Report on the cholera epidemic of
Year: 1868
Disease focus: Cholera
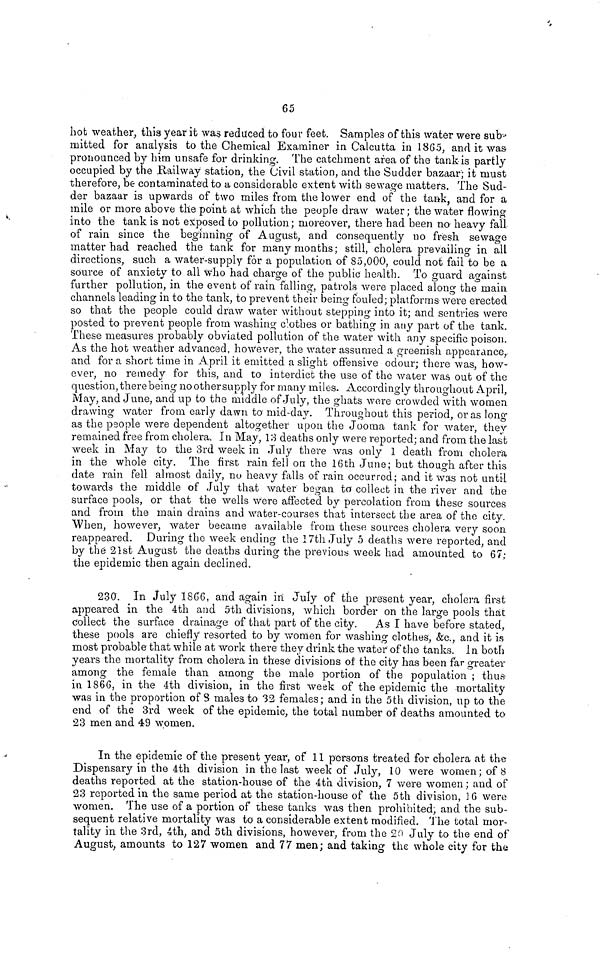
65
hot weather, this year it was reduced to four feet. Samples of this water were sub-
rnitted for analysis to the Chemical Examiner in Calcutta in 1865, and it was-
pronounced by him unsafe for drinking. The catchment area of the tank is partly
occupied by the Railway station, the Civil station, and the Sudder bazaar; it must
therefore, be contaminated to a considerable extent with sewage matters. The Sud-
der bazaar is upwards of two miles from the lower end of the tank, and for a
mile or more above the point at which the people draw water; the water flowing
into the tank is not exposed to pollution ; moreover, there had been no heavy fall
of rain since the beginning of August, and consequently no fresh sewage
matter had reached the tank for many months; still, cholera prevailing in all
directions, such a water-supply for a population of 85,000, could not fail to be a
source of anxiety to all who had charge of the public health. To guard against
further pollution, in the event of rain falling, patrols were placed along the main
channels leading in to the tank, to prevent their being fouled; platforms were erected
so that the people could draw water without stepping into it; and sentries were
posted to prevent people from washing clothes or bathing in any part of the tank.
These measures probably obviated pollution of the water with any specific poison.
As the hot weather advanced, however, the water assumed a greenish appearance,
and for a short time in April it emitted a slight offensive odour; there was, how-
ever, no remedy for this, and to interdict the use of the water was out of the
question, there being no other supply for many miles. Accordingly throughout April,
May, and June, and up to the middle of July, the ghats were crowded with women
drawing water from early dawn to mid-day. Throughout this period, or as long
as the people were dependent altogether upon the Jooma tank for water, they
remained free from cholera. In May, 13 deaths only were reported; and from the last
week in May to the 3rd week in July there was only 1 death from cholera
in the whole city. The first rain fell on the 16th June; but though after this
date rain, fell almost daily, no heavy falls of rain occurred; and it was not until
towards the middle of July that water began to collect in the river and the
surface pools, or that the wells were affected by percolation from these sources
and from the main drains and water-courses that intersect the area of the city.
When, however, water became available from these sources cholera very soon
reappeared. During the week ending the 17th July 5 deaths were reported, and
by thé 21st August the deaths during the previous week had amounted to 67;
the epidemic then again declined.
230. In July 1866, and again in July of the present year, cholera first
appeared in the 4th and 5th divisions, which border on the large pools that
collect the surface drainage of that part of the city. As I have before stated,
these pools are chiefly resorted to by women for washing clothes, &c., and it is
most probable that while at work there they drink the water of the tanks, in both
years the mortality from cholera in these divisions oí the city has been far greater
among the female than among the male portion of the population ; thus
in 1866, in the 4th division, in the first week of the epidemic the mortality
was in the proportion of 3 males to 32 females ; and in the 5th division, up to the
end of the 3rd week of the epidemic, the total number of deaths amounted to
23 men and 49 women.
In the epidemic of the present year, of 11 persons treated for cholera at the
Dispensary in the 4th division in the last week of July, 10 were women; of 8
deaths reported at the station-house of the 4th division, 7 were women ; and of
23 reported in the same period at the station-house of the 5th division, 16 were
women. The use of a portion of these tanks was then prohibited, and the sub-
sequent relative mortality was to a considerable extent modified. The total mor-
tality in the 3rd, 4th, and 5th divisions, however, from the 20 July to the end of
August, amounts to 127 women and 77 men; and taking the whole city for the